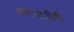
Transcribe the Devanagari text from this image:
स्वामाजीनी